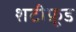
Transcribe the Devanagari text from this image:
शटीफ़ूड